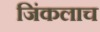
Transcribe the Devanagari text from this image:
जिंकलाच